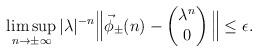
LaTeX: \begin{align*} \limsup_{n\to\pm\infty}|\lambda|^{-n} \Big\|\vec{\phi}_{\pm}(n)-\begin{pmatrix} \lambda^n\\0 \end{pmatrix} \Big\| \leq \epsilon. \end{align*}